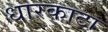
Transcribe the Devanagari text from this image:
धारकाटा